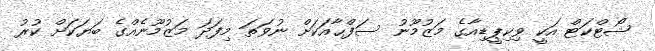
ޝޯޓްކަޓް އަކީ ވިކިޕީޑިއާގެ މަޒުމޫނު ސަފްޙާއަކަށް ނުވަތަ މިފަދަ މަޒުމޫނެއްގެ ބަޔަކަށް ކުރު